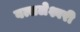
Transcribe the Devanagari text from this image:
वत्सलेश्वरी